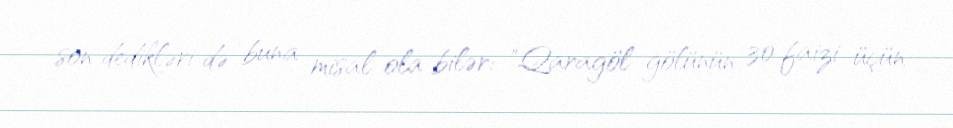
son dedikləri də buna misal ola bilər: "Qaragöl gölünün 30 faizi üçün